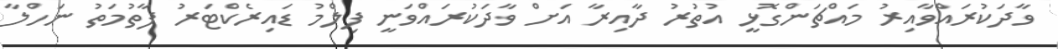
ވާދަކުރައްވާއިރު މައްޗަންގޮޅީ އުތުރު ދާއިރާ އަށް ވާދަކުރައްވަނީ ފިލްމު ޑައިރެކްޓަރު ފާތުމަތު ނަހްލާ